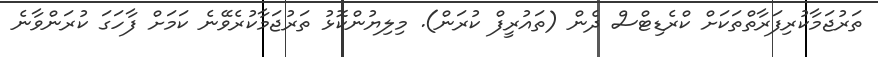
ތަރުޖަމާކުރިފަރާތްތަކަށް ކްރެޑިޓްސް ދެން (ތައުރީފް ކުރަން). މިލިޔުންކޮޅު ތަރުޖަމާކުރެވޭނެ ކަމަށް ފާހަގަ ކުރަންވާނެ